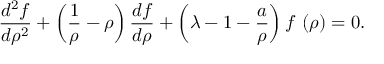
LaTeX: \frac { d ^ { 2 } f } { d \rho ^ { 2 } } + \left( \frac { 1 } { \rho } - \rho \right) \frac { d f } { d \rho } + \left( \lambda - 1 - \frac { a } { \rho } \right) f \, \left( \rho \right) = 0 .